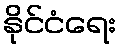
နိုင်ငံရေး